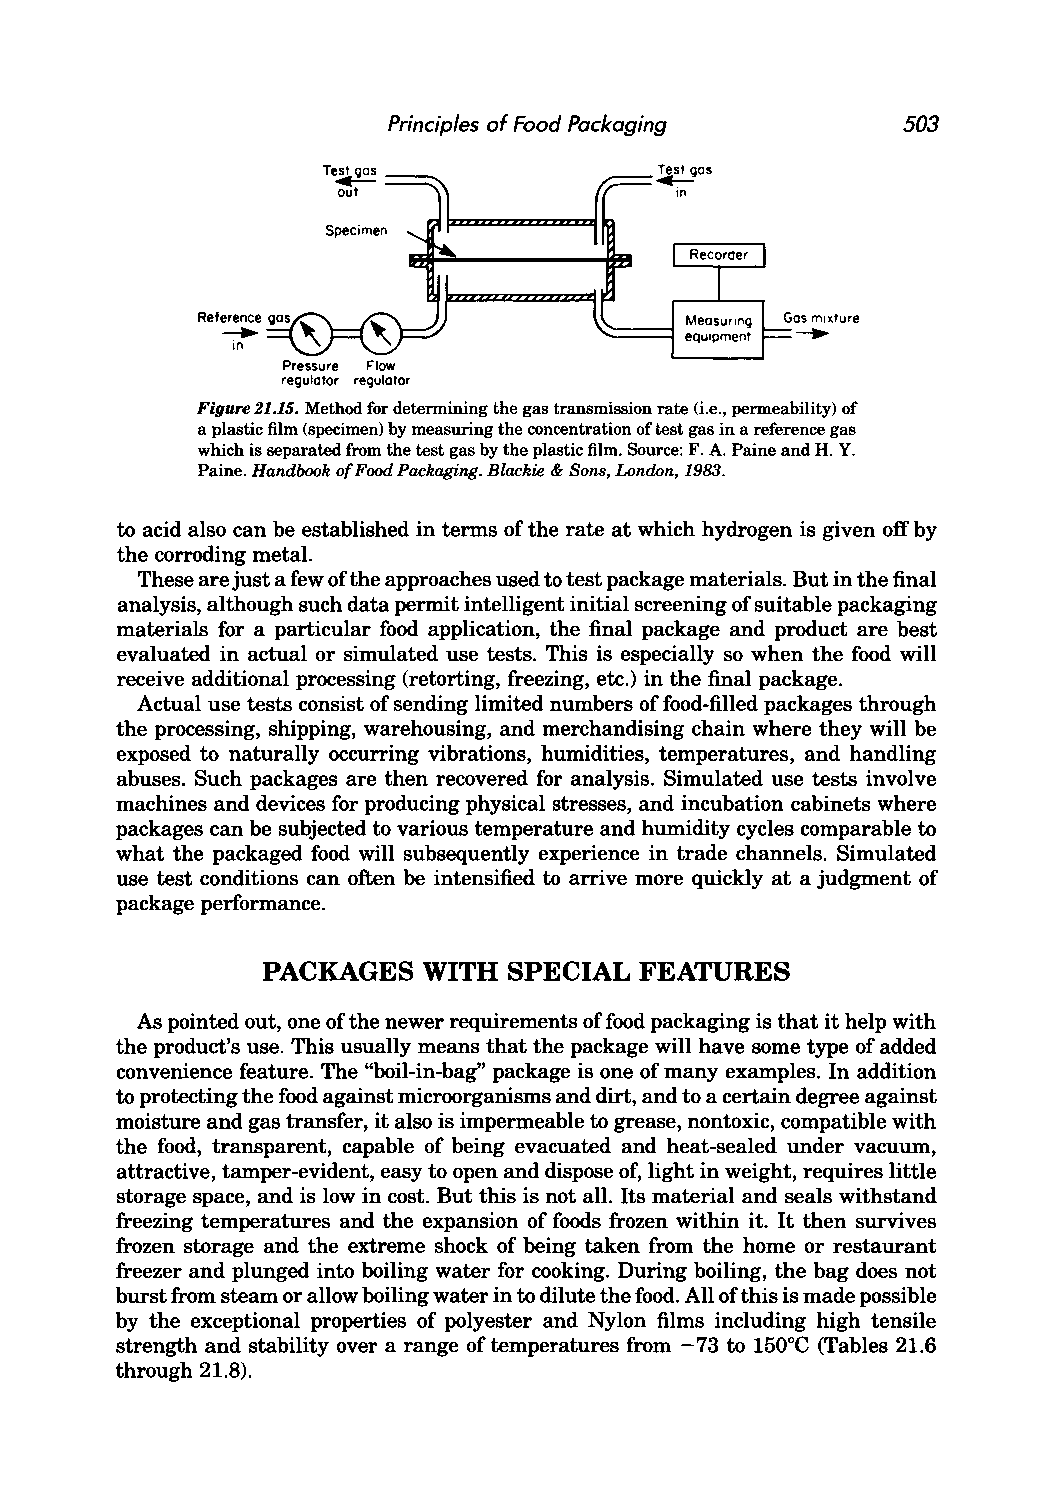
Principles of Food Packaging      503
 Ga-s m.IX ture
 Pressure Flow
 regulator regulator
 Figure 21.15. Method for determining the gas transmission rate (i.e., permeability) of
 a plastic film (specimen) by measuring the concentration of test gas in a reference gas
 which is separated from the test gas by the plastic film. Source: F. A. Paine and H. Y.
 Paine. Handbook of Food Packaging. Blackie & Sons, London, 1983.
 to acid also can be established in terms of the rate at which hydrogen is given off by
 the corroding metal.
 These are just a few ofthe approaches used to test package materials. But in the final
 analysis, although such data permit intelligent initial screening of suitable packaging
 materials for a particular food application, the final package and product are best
 evaluated in actual or simulated use tests. This is especially so when the food will
 receive additional processing (retorting, freezing, etc.) in the final package.
 Actual use tests consist of sending limited numbers of food-filled packages through
 the processing, shipping, warehousing, and merchandising chain where they will be
 exposed to naturally occurring vibrations, humidities, temperatures, and handling
 abuses. Such packages are then recovered for analysis. Simulated use tests involve
 machines and devices for producing physical stresses, and incubation cabinets where
 packages can be subjected to various temperature and humidity cycles comparable to
 what the packaged food will subsequently experience in trade channels. Simulated
 use test conditions can often be intensified to arrive more quickly at a judgment of
 package performance.
 PACKAGES   WITH  SPECIAL FEATURES
 As pointed out, one of the newer requirements of food packaging is that it help with
 the product's use. This usually means that the package will have some type of added
 convenience feature. The "boil-in-bag" package is one of many examples. In addition
 to protecting the food against microorganisms and dirt, and to a certain degree against
 moisture and gas transfer, it also is impermeable to grease, nontoxic, compatible with
 the food, transparent, capable of being evacuated and heat-sealed under vacuum,
 attractive, tamper-evident, easy to open and dispose of, light in weight, requires little
 storage space, and is low in cost. But this is not all. Its material and seals withstand
 freezing temperatures and the expansion of foods frozen within it. It then survives
 frozen storage and the extreme shock of being taken from the home or restaurant
 freezer and plunged into boiling water for cooking. During boiling, the bag does not
 burst from steam or allow boiling water in to dilute the food. All of this is made possible
 by the exceptional properties of polyester and Nylon films including high tensile
 strength and stability over a range of temperatures from -73 to 150°C (Tables 21.6
 through 21.8).